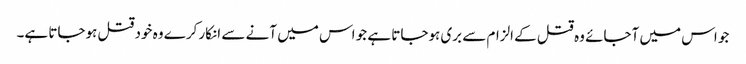
جو اس میں آجائے وہ قتل کے الزام سے بری ہوجاتا ہے جو اس میں آنے سے انکار کرے وہ خود قتل ہوجاتا ہے۔